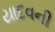
યાદવની